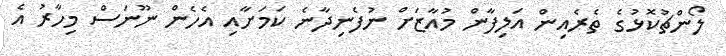
ލޯންޗުކޮޅުގެ ތެރެއިން އަލިފާން މުއާޒަށް ނުފެނިދާނެ ކަމަށާއި އެހެން ނޫނަސް މިހާރު އެ